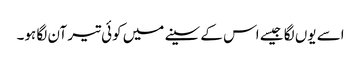
اسے یوں لگا جیسے اس کے سینے میں کوئی تیر آن لگا ہو۔